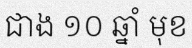
ជាង ១០ ឆ្នាំ មុខ